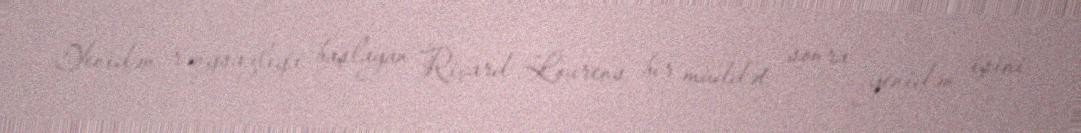
Yenidən rəngsazlığa başlayan Riçard Lourens bir müddət sonra yenidən işini